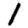
Digit: 1